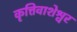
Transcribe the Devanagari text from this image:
कृत्तिवाशेश्वर